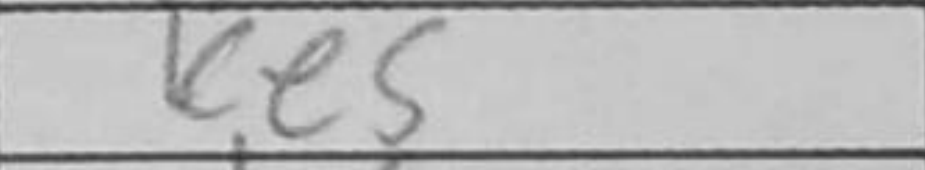
Transcription: Ke5